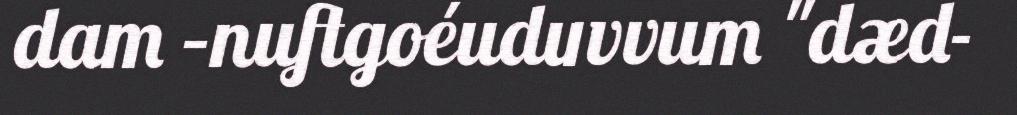
dam –nuftgoéuduvvum "dæd-